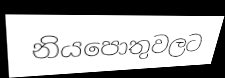
නියපොතුවලට